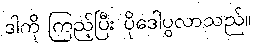
ဒါကို ကြည့်ပြီး ပိုဒေါပွလာသည်။